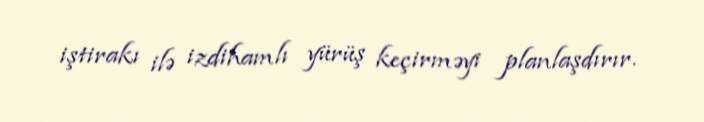
iştirakı ilə izdihamlı yürüş keçirməyi planlaşdırır.